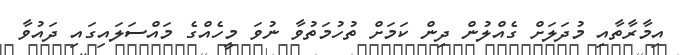
އިމާރާތާއި މުދަލަށް ގެއްލުން ދިން ކަމަށް ތުހުމަތުވާ ނުވަ މީހެއްގެ މައްސަލައިގައި ދައުވާ